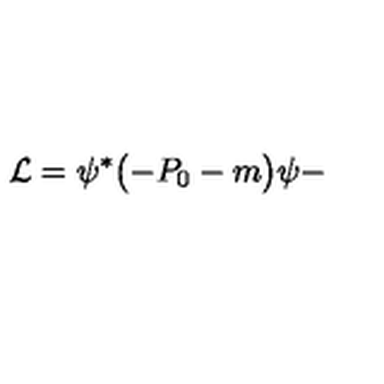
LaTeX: { \cal L } = \psi ^ { * } \bigl ( - P _ { 0 } - m \bigr ) \psi -